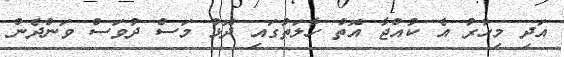
އަދި މިހާރު އެ ކުއްޖާ އޮތް ހާލަތުގައި ދޮޅު މަސް ދުވަސް ވަންދެން